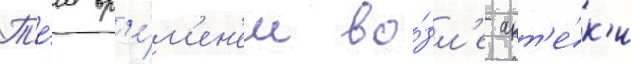
Т'е́м вр'е́м'ен'ем во́зл'е апт'е́к'и